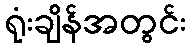
ရုံးချိန်အတွင်း